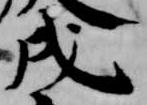
戌